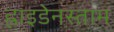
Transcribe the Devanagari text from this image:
ह्वाइडेनस्ताम